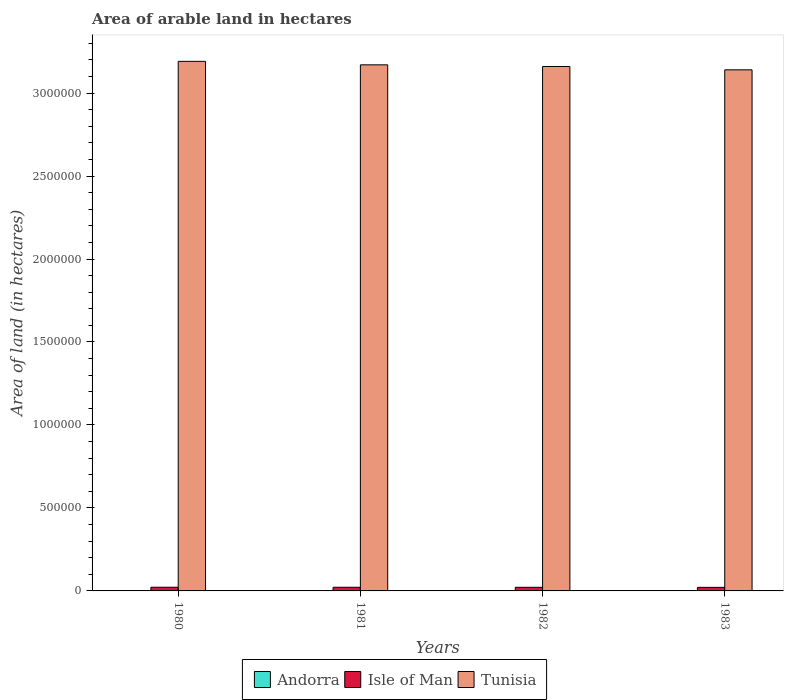
| Years | Andorra | Isle of Man | Tunisia |
 | --- | --- | --- | --- |
 | 1980 | 1e+03 | 2.22e+04 | 3.19e+06 |
 | 1981 | 1e+03 | 2.2e+04 | 3.17e+06 |
 | 1982 | 1e+03 | 2.18e+04 | 3.16e+06 |
 | 1983 | 1e+03 | 2.15e+04 | 3.14e+06 |